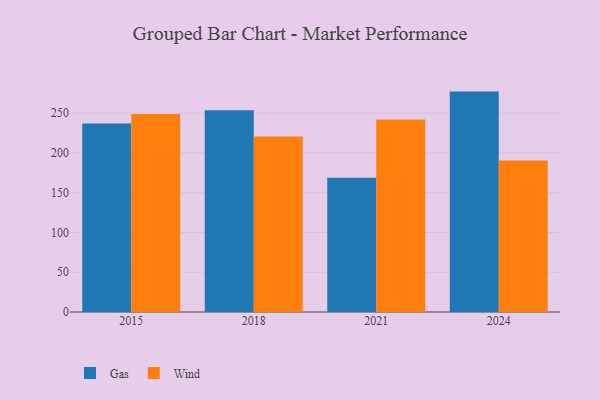
{"axis": {"x": "Year", "y": "Customer Acquisition Cost (USD)"}, "legend": ["Gas", "Wind"], "data": [{"x": "2018", "y": 253.6, "type": "Gas"}, {"x": "2018", "y": 220.8, "type": "Wind"}, {"x": "2021", "y": 168.9, "type": "Gas"}, {"x": "2021", "y": 242.0, "type": "Wind"}, {"x": "2015", "y": 237.0, "type": "Gas"}, {"x": "2015", "y": 248.9, "type": "Wind"}, {"x": "2024", "y": 277.1, "type": "Gas"}, {"x": "2024", "y": 190.6, "type": "Wind"}]}